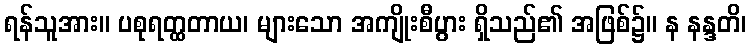
ရန်သူအား။ ပစုရတ္ထတာယ၊ များသော အကျိုးစီပွား ရှိသည်၏ အဖြစ်၌။ န နန္ဒတိ၊